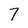
Character: 7